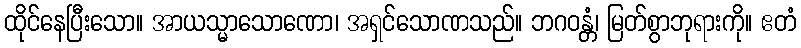
ထိုင်နေပြီးသော။ အာယသ္မာသောဏော၊ အရှင်သောဏသည်။ ဘဂဝန္တံ၊ မြတ်စွာဘုရားကို။ ဧတံ